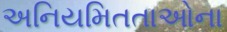
અનિયમિતતાઓના